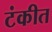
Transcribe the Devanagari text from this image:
टंकीत